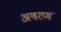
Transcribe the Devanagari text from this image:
अषरण